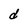
Character: d